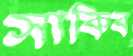
সাকিব